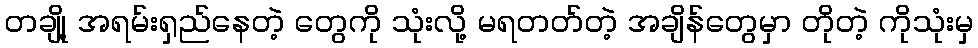
တချို့ အရမ်းရှည်နေတဲ့ တွေကို သုံးလို့ မရတတ်တဲ့ အချိန်တွေမှာ တိုတဲ့ ကိုသုံးမှ